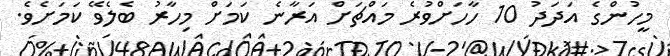
މީހުންގެ އަދަދު 10 ހާހަށްވުރެ މައްޗަށް އަރާނެ ކަމަށް މިހާރު ބެލެވޭ ކަމަށެވެ.